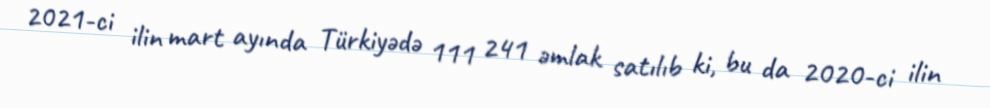
2021-ci ilin mart ayında Türkiyədə 111 241 əmlak satılıb ki, bu da 2020-ci ilin